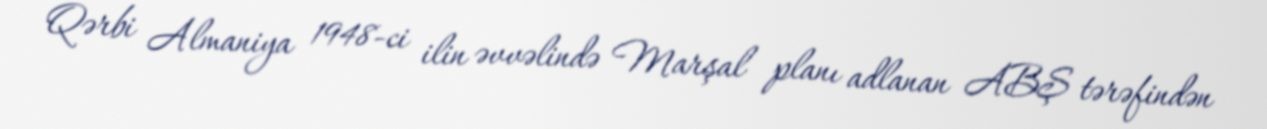
Qərbi Almaniya 1948-ci ilin əvvəlində Marşal planı adlanan ABŞ tərəfindən